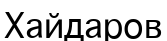
Хайдаров